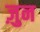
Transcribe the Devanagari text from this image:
ज़ुन